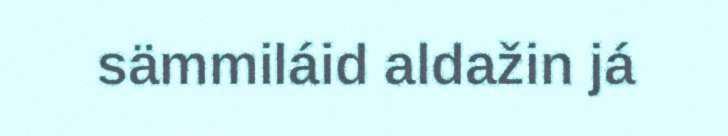
sämmiláid aldažin já